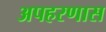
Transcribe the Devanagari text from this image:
अपहरणास